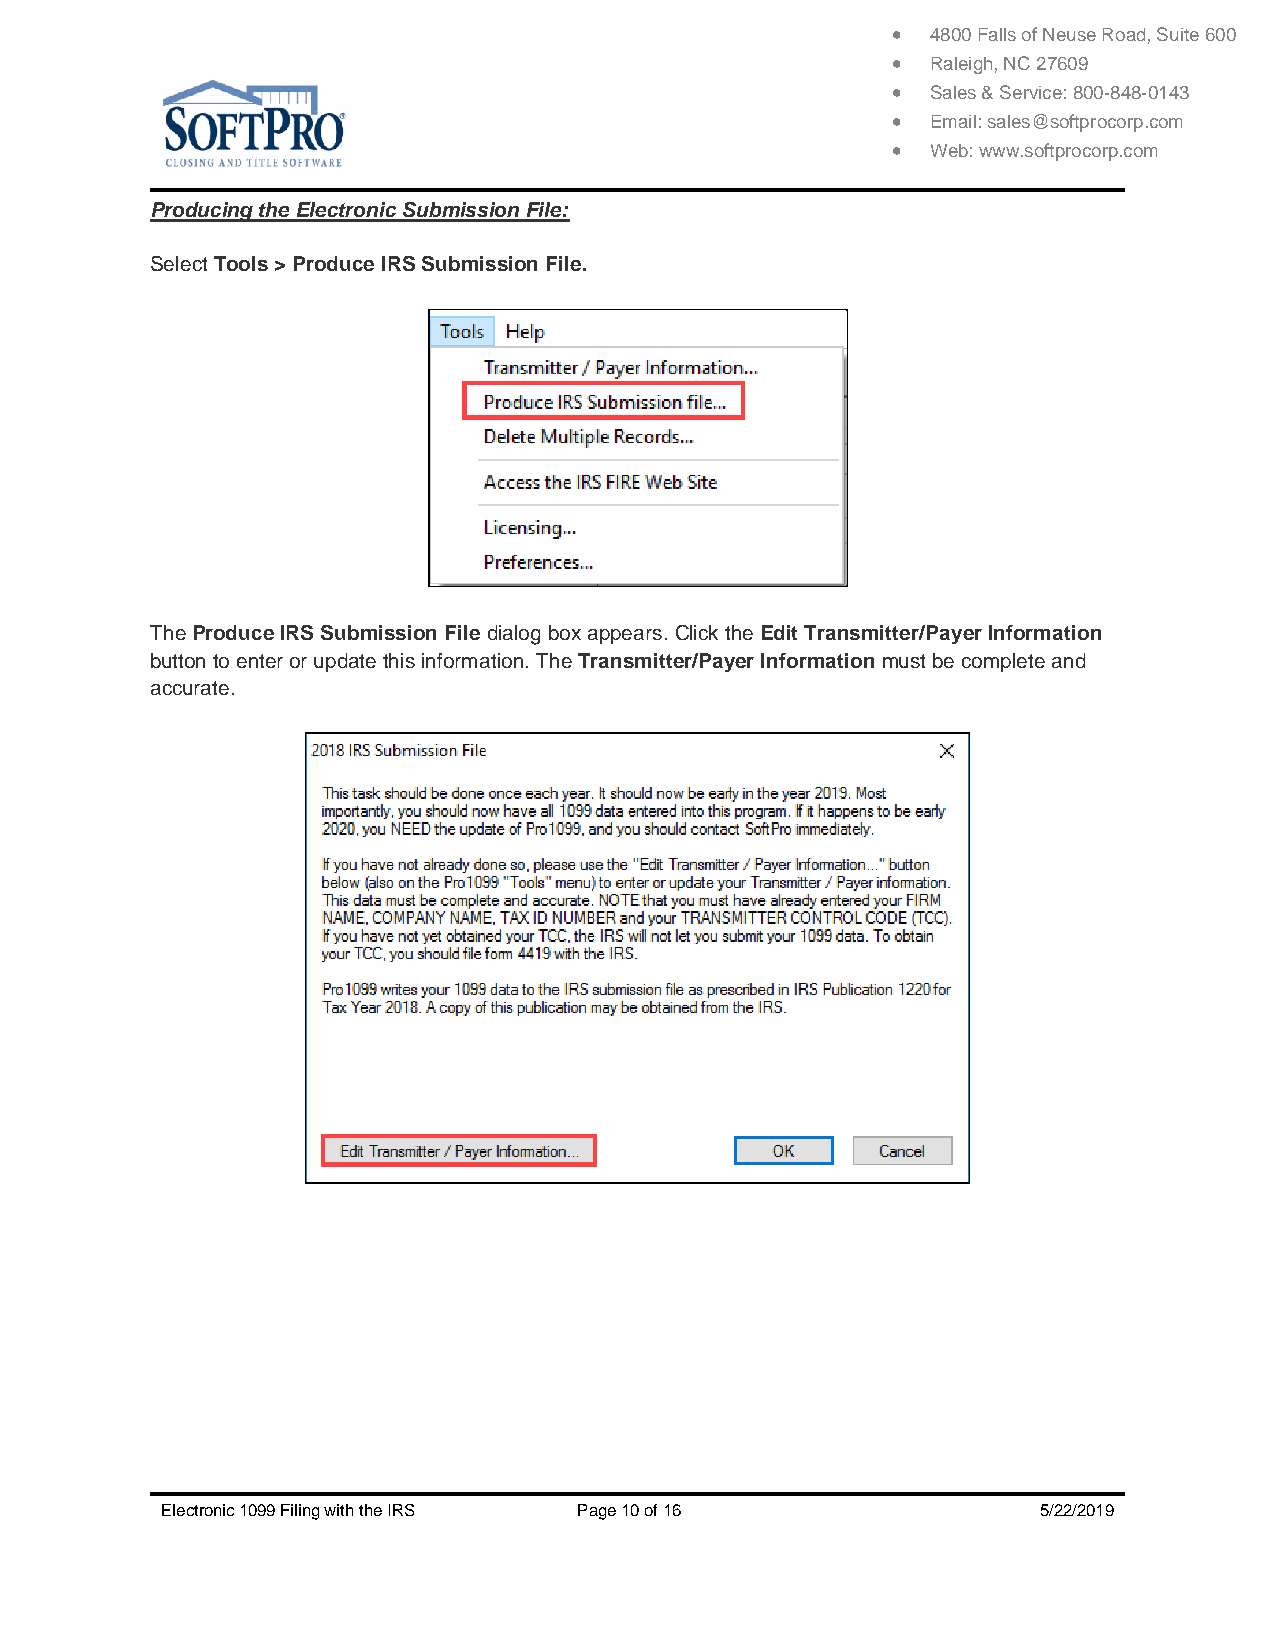
  4800 Falls of Neuse Road, Suite 600
   Raleigh, NC 27609
   Sales & Service: 800-848-0143
   Email: sales@softprocorp.com
   Web: www.softprocorp.com
 Producing the Electronic Submission File:
 Select Tools > Produce IRS Submission File.
 The Produce IRS Submission File dialog box appears. Click the Edit Transmitter/Payer Information
 button to enter or update this information. The Transmitter/Payer Information must be complete and
 accurate.
 Electronic 1099 Filing with the IRS Page 10 of 16         5/22/2019